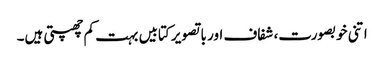
اتنی خوبصورت، شفاف اور با تصویر کتابیں بہت کم چھپتی ہیں۔